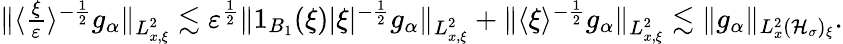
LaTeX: \begin{array}{r}{\| \langle\frac{\xi}{\varepsilon}\rangle^{-\frac{1}{2}}g_{\alpha}\| _{L_{x,\xi}^{2}}\lesssim\varepsilon^{\frac{1}{2}}\| 1_{B_{1}}(\xi)|\xi|^{-\frac{1}{2}}g_{\alpha}\| _{L_{x,\xi}^{2}}+\| \langle\xi\rangle^{-\frac{1}{2}}g_{\alpha}\| _{L_{x,\xi}^{2}}\lesssim\| g_{\alpha}\| _{L_{x}^{2}(\mathcal H_{\sigma})_{\xi}}.}\end{array}